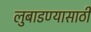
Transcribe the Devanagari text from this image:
लुबाडण्यासाठी